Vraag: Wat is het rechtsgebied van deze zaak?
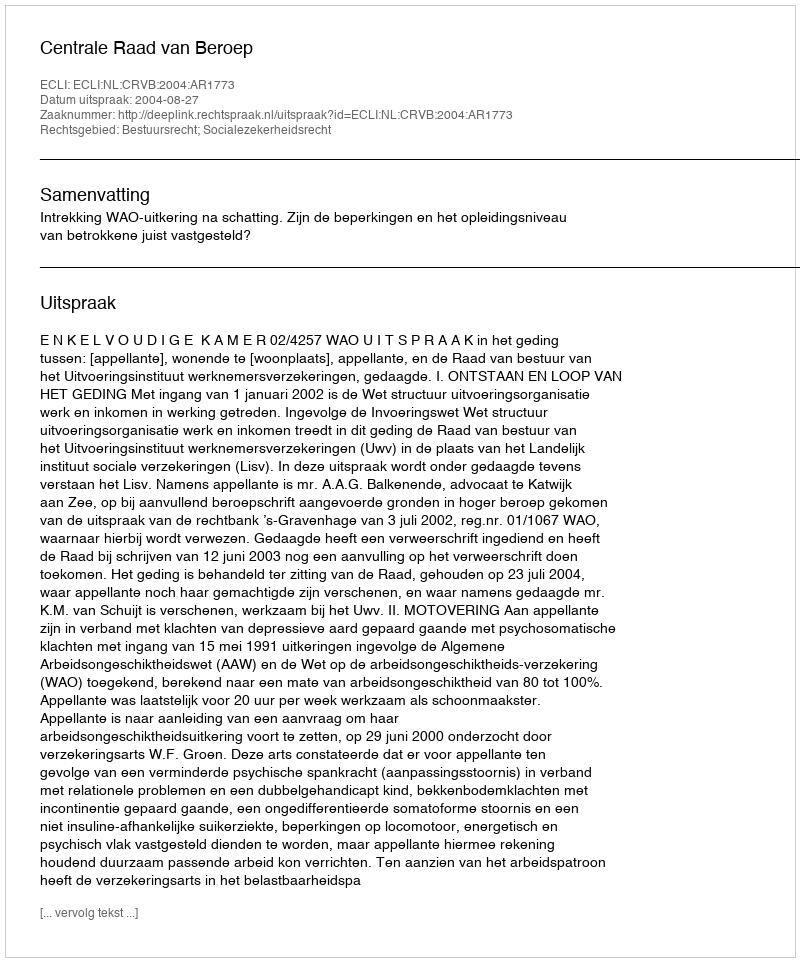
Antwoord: Bestuursrecht; Socialezekerheidsrecht